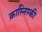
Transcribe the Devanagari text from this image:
क्रास्निस्की